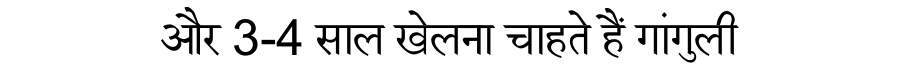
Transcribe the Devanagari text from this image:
और 3-4 साल खेलना चाहते हैं गांगुली